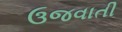
ઉજવાતી